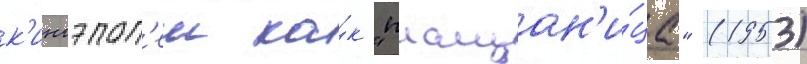
к'иноэпоп'еи ка́к "плащан'и́ца" (1953)